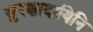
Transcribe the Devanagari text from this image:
सुरक्षादायिनि